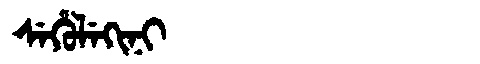
Manchu: ᠰᡝᡥᡠᠯᡝᡴᡳᠨᡳ
Romanization: SEHULEKINI